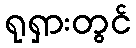
ရုရှားတွင်